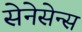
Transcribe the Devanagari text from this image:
सेनेसेन्स